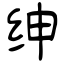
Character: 绅